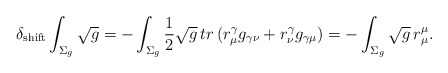
\begin{align*}\delta_{{\rm shift}} \int_{\Sigma_{g}}\sqrt{g} = -\int_{\Sigma_{g}}\frac{1}{2}\sqrt{g} \, tr \, (r^{\gamma}_{\mu}g_{\gamma\nu}+ r^{\gamma}_{\nu}g_{\gamma\mu}) = -\int_{\Sigma_{g}} \sqrt{g} \, r^{\mu}_{\mu} .\end{align*}